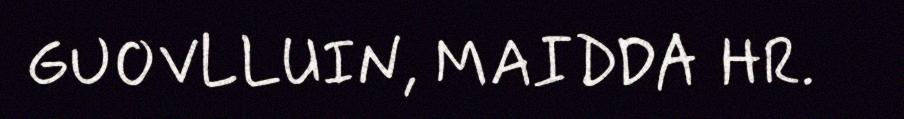
GUOVLLUIN, MAIDDA HR.